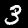
Label: 3